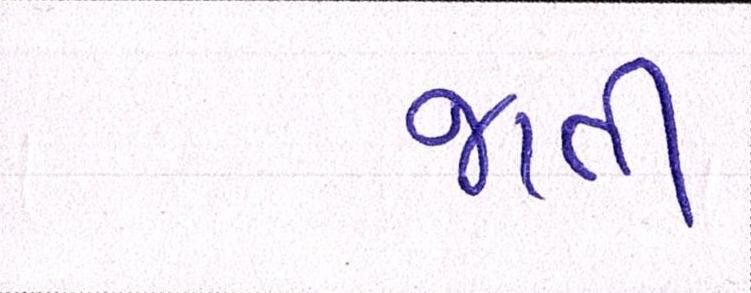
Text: જાતી